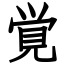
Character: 覚